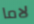
لاما